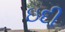
ઇદી